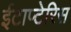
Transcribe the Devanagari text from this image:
ईटाप्टेरिस